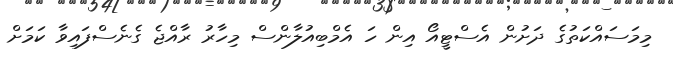
މިމަސައްކަތުގެ ދަށުން އެސްޓީއޯ އިން ހަ އެމްބިއުލާންސް މިހާރު ރާއްޖެ ގެނެސްފައިވާ ކަމަށް